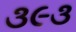
૩૯૩